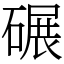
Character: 碾